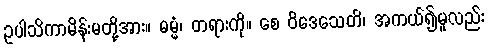
ဥပါသိကာမိန်းမတို့အား။ ဓမ္မံ၊ တရားကို။ စေ ဝိဒေသေတိ၊ အကယ်၍မူလည်း